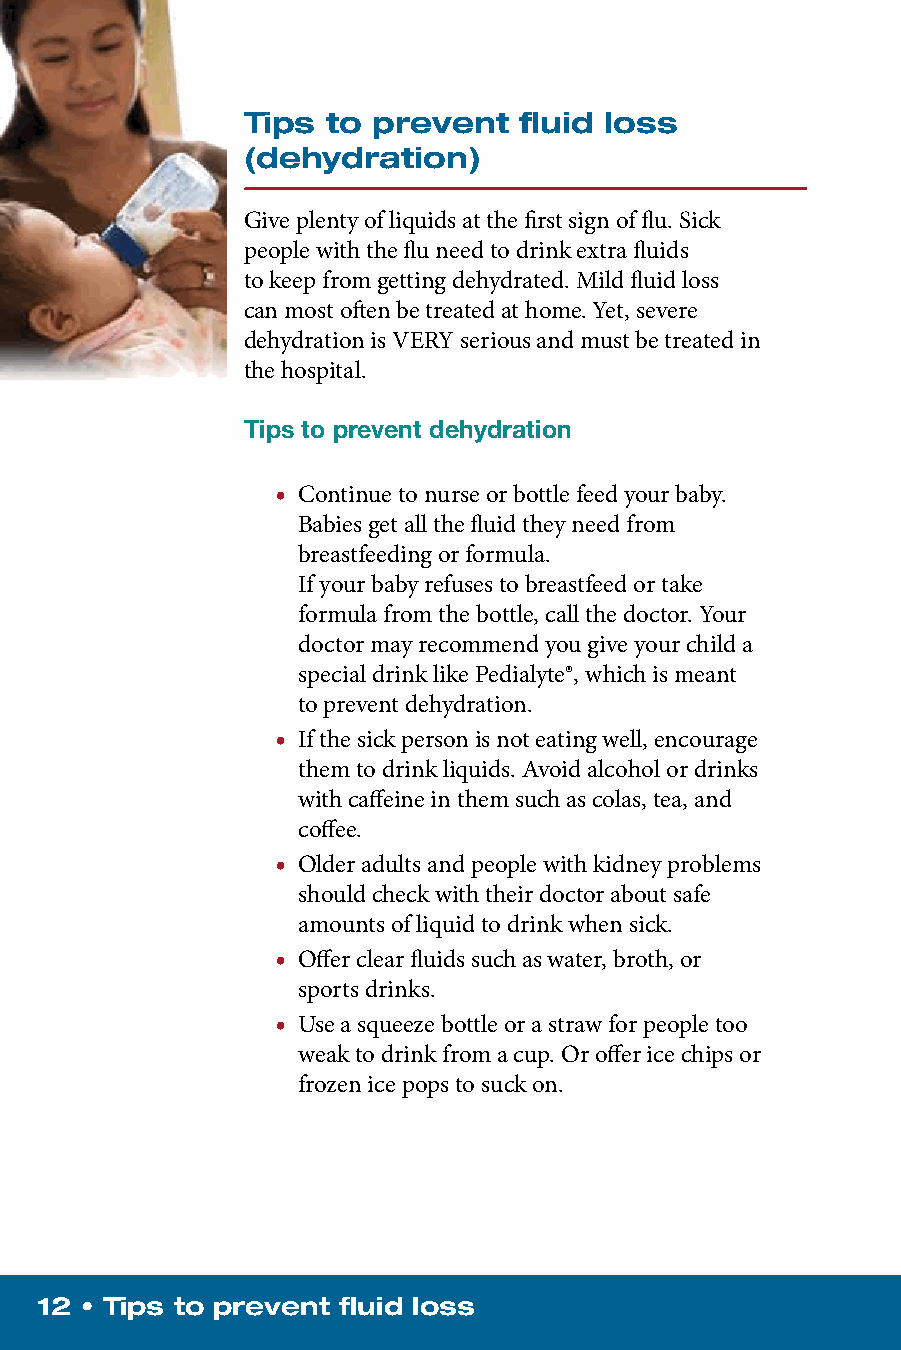
Tips  to prevent  fluid loss
 (dehydration)
 Give plenty of liquids at the first sign of flu. Sick
 people with the flu need to drink extra fluids
 to keep from getting dehydrated. Mild fluid loss
 can most often be treated at home. Yet, severe
 dehydration is VERY serious and must be treated in
 the hospital.
 Tips to prevent dehydration
 • C ontinue to nurse or bottle feed your baby.
 Babies get all the fluid they need from
 breastfeeding or formula.
 If your baby refuses to breastfeed or take
 formula from the bottle, call the doctor. Your
 doctor may recommend you give your child a
 special drink like Pedialyte®, which is meant
 to prevent dehydration.
 • If the sick person is not eating well, encourage
 them to drink liquids. Avoid alcohol or drinks
 with caffeine in them such as colas, tea, and
 c offee.
 • Older adults and people with kidney problems
 should check with their doctor about safe
 amounts of liquid to drink when sick.
 • Offer clear fluids such as water, broth, or
 s ports drinks.
 • Use a squeeze bottle or a straw for people too
 weak to drink from a cup. Or offer ice chips or
 frozen ice pops to suck on.
 12 • Tips to prevent fluid loss                                                            Check  for fluid loss